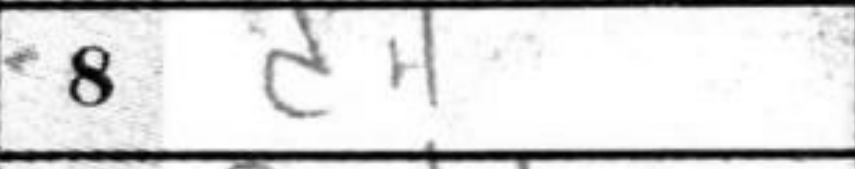
Transcription: d4